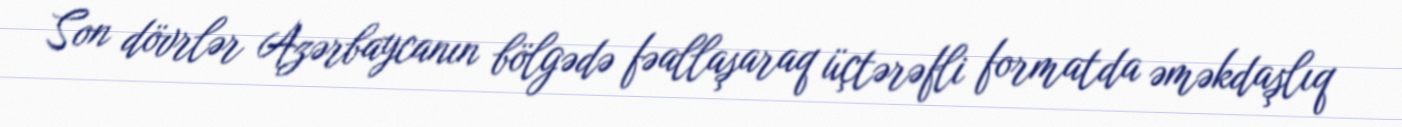
Son dövrlər Azərbaycanın bölgədə fəallaşaraq üçtərəfli formatda əməkdaşlıq